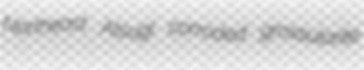
Northeast Atsugi corroded grossularite